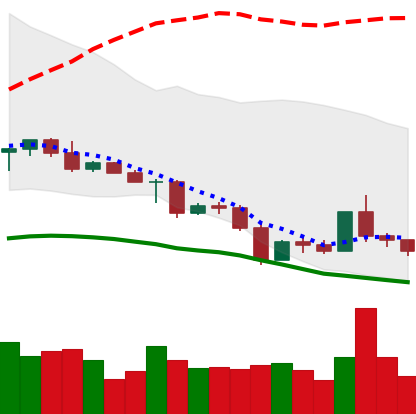
Ticker: ETC-USD
Chart end date: 2022-05-07
Forward return: -29.541%
Label: down_7plus